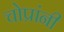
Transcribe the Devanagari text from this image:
चोप्रांनी